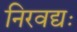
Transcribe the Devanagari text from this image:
निरवद्यः